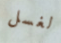
لغسل